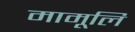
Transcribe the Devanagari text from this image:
मामूलि